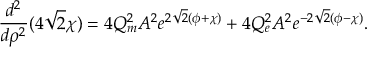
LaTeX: \frac { d ^ { 2 } } { d \rho ^ { 2 } } ( 4 \sqrt { 2 } \chi ) = 4 Q _ { m } ^ { 2 } A ^ { 2 } e ^ { 2 \sqrt { 2 } ( \phi + \chi ) } + 4 Q _ { e } ^ { 2 } A ^ { 2 } e ^ { - 2 \sqrt { 2 } ( \phi - \chi ) } .